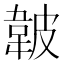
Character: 𱂁